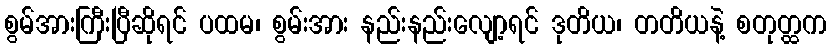
စွမ်အားကြီးပြီဆိုရင် ပထမ၊ စွမ်းအား နည်းနည်းလျော့ရင် ဒုတိယ၊ တတိယနဲ့ စတုတ္ထက